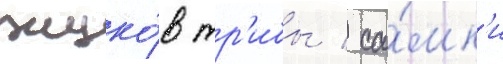
жуко́в тр'ибы / са́мк'и